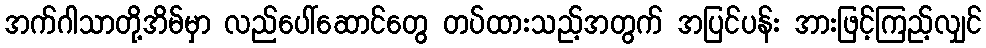
အက်ဂါသာတို့အိမ်မှာ လည်ပေါ်ဆောင်တွေ တပ်ထားသည့်အတွက် အပြင်ပန်း အားဖြင့်ကြည့်လျှင်